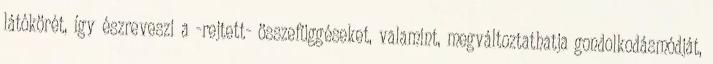
látókörét, így észreveszi a -rejtett- összefüggéseket, valamint, megváltoztathatja gondolkodásmódját,